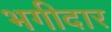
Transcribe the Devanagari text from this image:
भगीदार